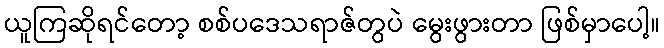
ယူကြဆိုရင်တော့ စစ်ပဒေသရာဇ်တွပဲ မွေးဖွားတာ ဖြစ်မှာပေါ့။